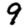
Digit: 9